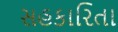
સહકારિતા